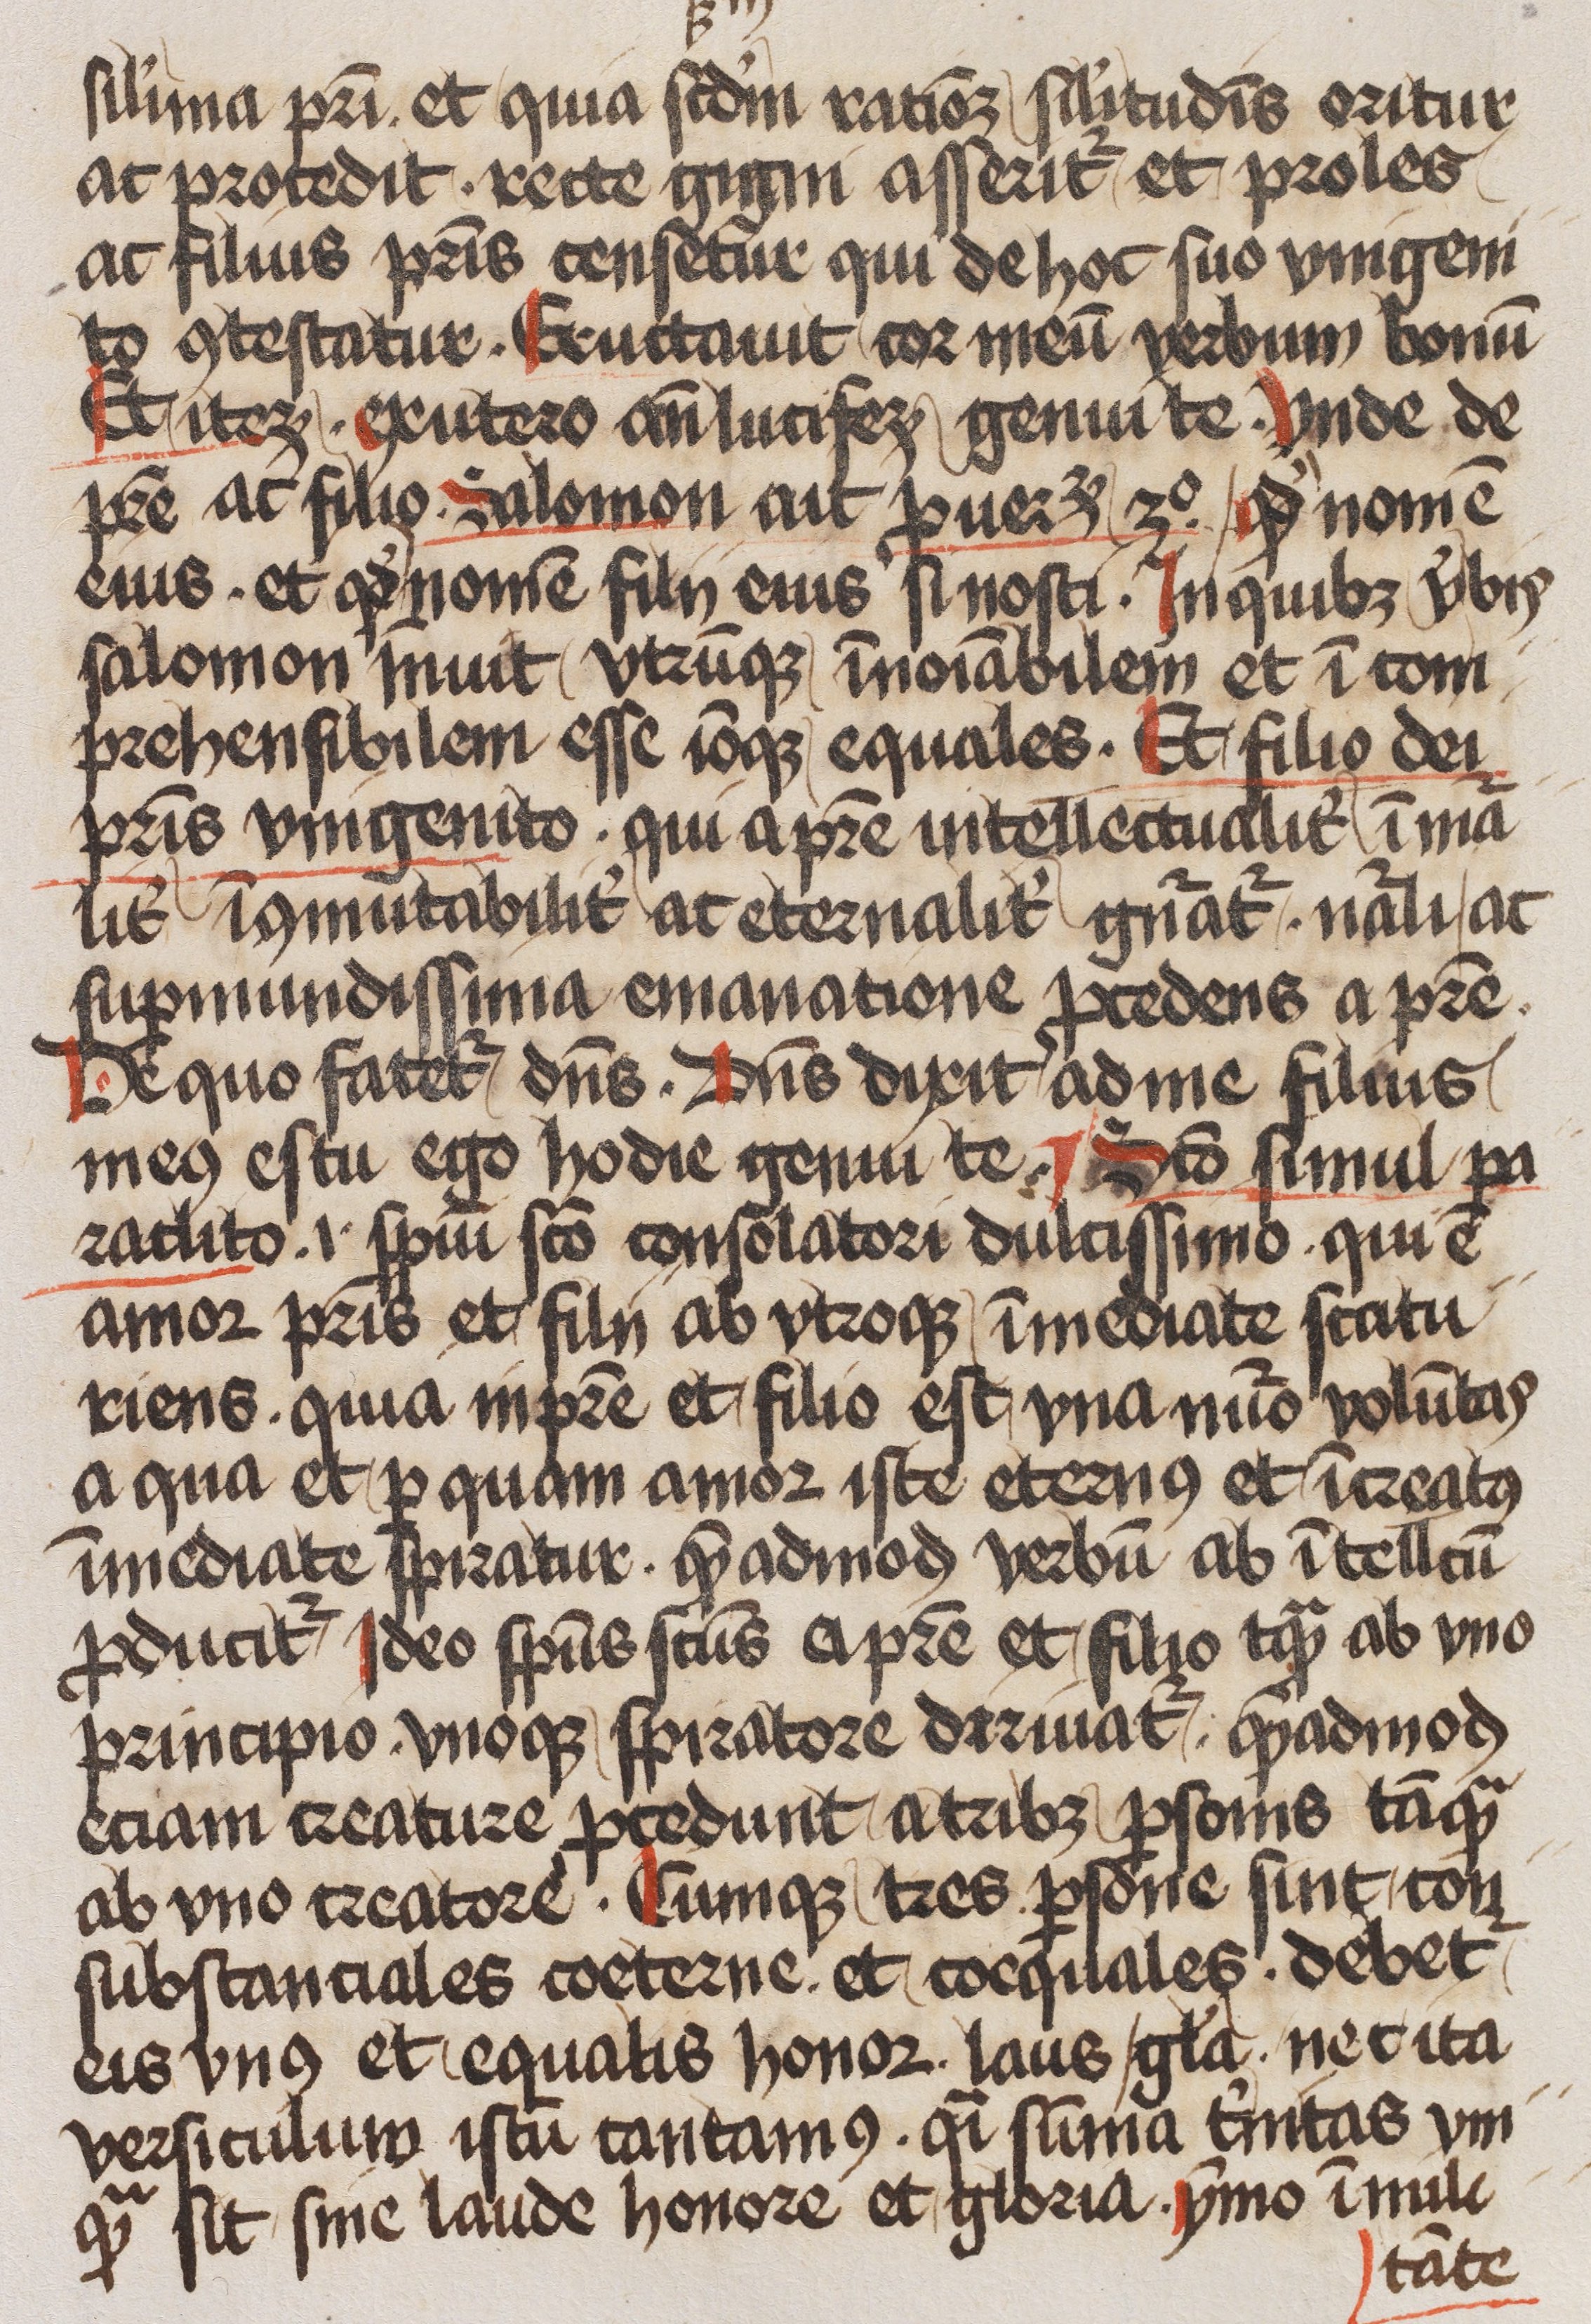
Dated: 1400–1499